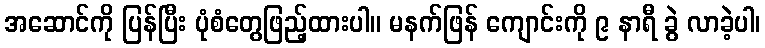
အဆောင်ကို ပြန်ပြီး ပုံစံတွေဖြည့်ထားပါ။ မနက်ဖြန် ကျောင်းကို ၉ နာရီ ခွဲ လာခဲ့ပါ၊